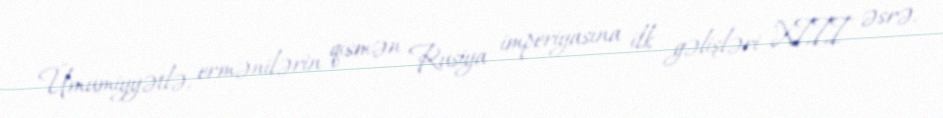
Ümumiyyətlə, ermənilərin qismən Rusiya imperiyasına ilk gəlişləri XIII əsrə,